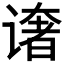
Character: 𰶄